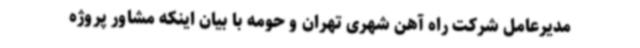
مدیرعامل شرکت راه آهن شهری تهران و حومه با بیان اینکه مشاور پروژه